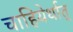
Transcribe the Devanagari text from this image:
चाहियेर्थात्